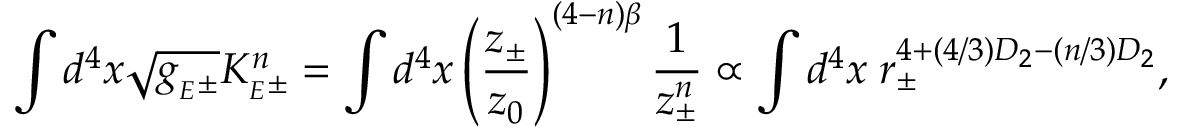
\int d ^ { 4 } x \sqrt { g _ { { } _ { E } \pm } } { \cal K } _ { { } _ { E } \pm } ^ { n } = \int d ^ { 4 } x \left( { \frac { z _ { \pm } } { z _ { 0 } } } \right) ^ { ( 4 - n ) \beta } { \frac { 1 } { z _ { \pm } ^ { n } } } \propto \int d ^ { 4 } x \; r _ { \pm } ^ { 4 + ( 4 / 3 ) D _ { 2 } - ( n / 3 ) D _ { 2 } } ,